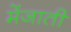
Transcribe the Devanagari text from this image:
मेंजाती